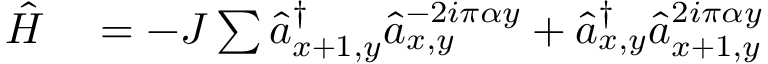
\begin{array} { r l } { \hat { H } } & { { } = - J \sum \hat { a } _ { x + 1 , y } ^ { \dagger } { \hat { a } _ { x , y } } ^ { - 2 i \pi \alpha y } + \hat { a } _ { x , y } ^ { \dagger } { \hat { a } _ { x + 1 , y } } ^ { 2 i \pi \alpha y } } \end{array}